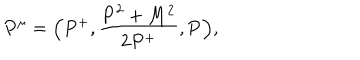
P ^ { \mu } = \Big ( P ^ { + } , { \frac { { \bf P } ^ { 2 } + M ^ { 2 } } { 2 P ^ { + } } } , { \bf P } \Big ) ,